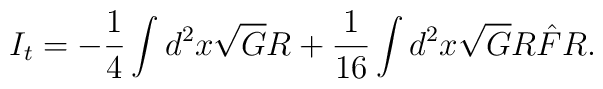
I_{t} = -\frac{1}{4} \int d^{2}x \sqrt{G}R +          \frac{1}{16} \int d^{2}x \sqrt{G} R \hat{F} R.